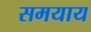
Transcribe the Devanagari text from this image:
समयाय